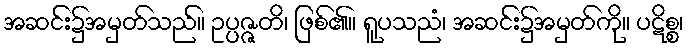
အဆင်း၌အမှတ်သည်။ ဥပ္ပဇ္ဇတိ၊ ဖြစ်၏။ ရူပသညံ၊ အဆင်း၌အမှတ်ကို။ ပဋိစ္စ၊